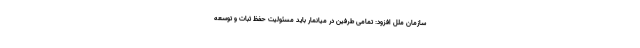
سازمان ملل افزود: تمامی طرفین در میانمار باید مسئولیت حفظ ثبات و توسعه